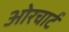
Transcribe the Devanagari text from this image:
ओरचार्ट